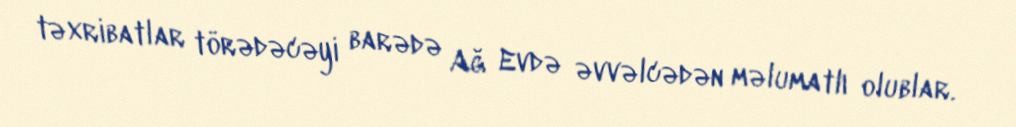
təxribatlar törədəcəyi barədə Ağ Evdə əvvəlcədən məlumatlı olublar.